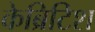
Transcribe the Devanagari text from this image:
केब्रिटिश